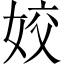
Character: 姣